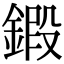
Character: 𨩷